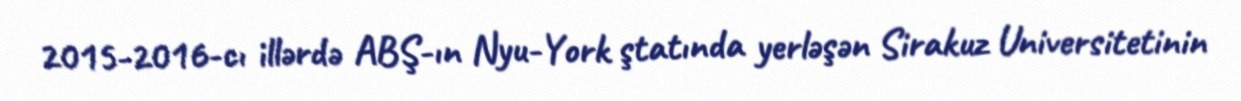
2015-2016-cı illərdə ABŞ-ın Nyu-York ştatında yerləşən Sirakuz Universitetinin